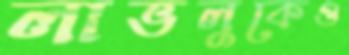
লাভলুকেও